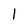
Character: 1